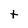
Character: t